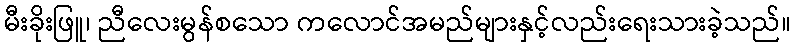
မီးခိုးဖြူ၊ ညီလေးမွန်စသော ကလောင်အမည်များနှင့်လည်းရေးသားခဲ့သည်။